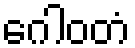
ဂေါဝတံ